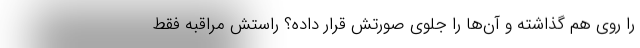
را روی هم گذاشته و آن‌ها را جلوی صورتش قرار داده؟ راستش مراقبه فقط